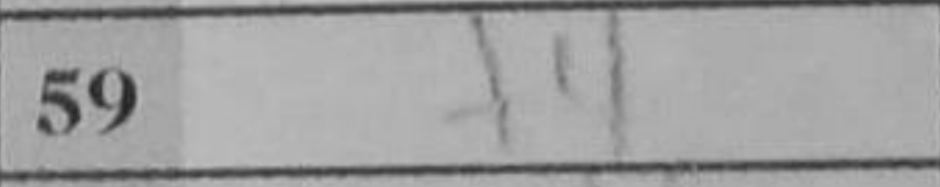
Transcription: f4